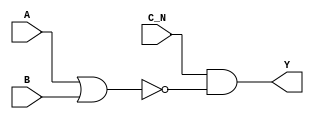
/*
 * Copyright 2020 The SkyWater PDK Authors
 *
 * Licensed under the Apache License, Version 2.0 (the "License");
 * you may not use this file except in compliance with the License.
 * You may obtain a copy of the License at
 *
 *     https://www.apache.org/licenses/LICENSE-2.0
 *
 * Unless required by applicable law or agreed to in writing, software
 * distributed under the License is distributed on an "AS IS" BASIS,
 * WITHOUT WARRANTIES OR CONDITIONS OF ANY KIND, either express or implied.
 * See the License for the specific language governing permissions and
 * limitations under the License.
 *
 * SPDX-License-Identifier: Apache-2.0
*/


`ifndef SKY130_FD_SC_HD__NOR3B_FUNCTIONAL_V
`define SKY130_FD_SC_HD__NOR3B_FUNCTIONAL_V

/**
 * nor3b: 3-input NOR, first input inverted.
 *
 *        Y = (!(A | B)) & !C)
 *
 * Verilog simulation functional model.
 */

`timescale 1ns / 1ps
`default_nettype none

`celldefine
module sky130_fd_sc_hd__nor3b (
    Y  ,
    A  ,
    B  ,
    C_N
);

    // Module ports
    output Y  ;
    input  A  ;
    input  B  ;
    input  C_N;

    // Local signals
    wire nor0_out  ;
    wire and0_out_Y;

    //  Name  Output      Other arguments
    nor nor0 (nor0_out  , A, B           );
    and and0 (and0_out_Y, C_N, nor0_out  );
    buf buf0 (Y         , and0_out_Y     );

endmodule
`endcelldefine

`default_nettype wire
`endif  // SKY130_FD_SC_HD__NOR3B_FUNCTIONAL_V